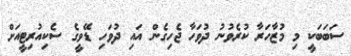
ސަބަބަކީ މި މުޒާހަރާ ކުރެވުނު ދުވަހާ ޖެހިގެން އައި ދުވަހި ޑޭވީގެ ސެކިއުރިޓީއަށް